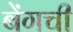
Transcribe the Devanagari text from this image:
बेंगची